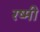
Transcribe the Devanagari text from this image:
रष्मी